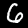
Digit: 6